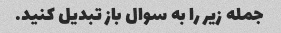
جمله زیر را به سوال باز تبدیل کنید.